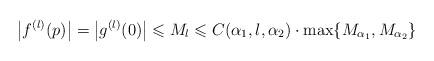
LaTeX: \begin{align*}\left | f^{(l)}(p) \right |=\left |g^{(l)}(0) \right |\leqslant M_l\leqslant C(\alpha_1,l,\alpha_2)\cdot \max \{ M_{\alpha_1}, M_{\alpha_2} \}\end{align*}